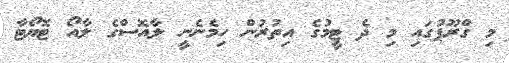
މި ގްރޫޕުގައި މި ދެ ޓީމުގެ އިތުރުން ހިމެނެނީ ލާއޮސްގެ ލާއޯ ޓޮޔޯޓާ